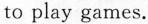
to play games.